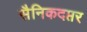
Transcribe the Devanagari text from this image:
सैनिकदप्तर